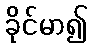
ခိုင်မာ၍